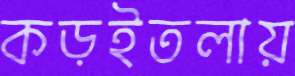
কড়ইতলায়